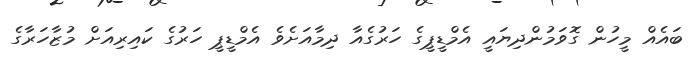
ބައެއް މީހުން ގޮވަމުންދިޔައީ އެމްޑީޕީގެ ހަރުގެއާ ދިމާއަށެވެ އެމްޑީޕީ ހަރުގެ ކައިރިއަށް މުޒާހަރާގެ